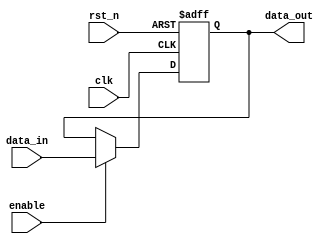
module OutputRegister #(
    parameter WIDTH = 8  // Parameter to define the bit width of the register
)(
    input wire clk,        // Clock input
    input wire rst_n,     // Asynchronous reset (active low)
    input wire enable,     // Enable signal
    input wire [WIDTH-1:0] data_in,  // Data input
    output reg [WIDTH-1:0] data_out   // Output register
);

    // Asynchronous reset and synchronous update
    always @(posedge clk or negedge rst_n) begin
        if (!rst_n) begin
            // If reset is active, clear the register
            data_out <= {WIDTH{1'b0}};  // Clear to zero
        end else if (enable) begin
            // If enable is high, capture the data input
            data_out <= data_in;
        end
        // If reset is not active and enable is low, retain the current value
    end

endmodule